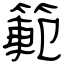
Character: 範